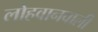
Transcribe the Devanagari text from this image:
लोहवानवाली